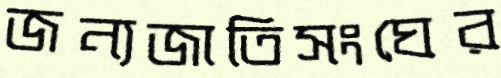
জন্যজাতিসংঘের